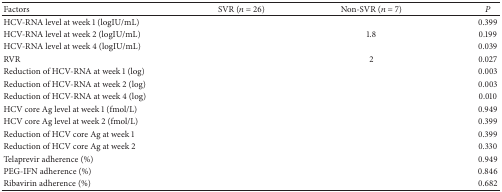
<table><thead><tr><td><b>Factors</b></td><td><b>SVR (<i>n</i> = 26)</b></td><td><b>Non-SVR (<i>n</i> = 7)</b></td><td><b><i>P</i></b></td></tr></thead><tbody><tr><td>HCV-RNA level at week 1 (logIU/mL)</td><td>[EMPTY_CELL]</td><td>[EMPTY_CELL]</td><td>0.399</td></tr><tr><td>HCV-RNA level at week 2 (logIU/mL)</td><td>[EMPTY_CELL]</td><td>1.8</td><td>0.199</td></tr><tr><td>HCV-RNA level at week 4 (logIU/mL)</td><td>[EMPTY_CELL]</td><td>[EMPTY_CELL]</td><td>0.039</td></tr><tr><td>RVR</td><td>[EMPTY_CELL]</td><td>2</td><td>0.027</td></tr><tr><td>Reduction of HCV-RNA at week 1 (log)</td><td>[EMPTY_CELL]</td><td>[EMPTY_CELL]</td><td>0.003</td></tr><tr><td>Reduction of HCV-RNA at week 2 (log)</td><td>[EMPTY_CELL]</td><td>[EMPTY_CELL]</td><td>0.003</td></tr><tr><td>Reduction of HCV-RNA at week 4 (log)</td><td>[EMPTY_CELL]</td><td>[EMPTY_CELL]</td><td>0.010</td></tr><tr><td>HCV core Ag level at week 1 (fmol/L)</td><td>[EMPTY_CELL]</td><td>[EMPTY_CELL]</td><td>0.949</td></tr><tr><td>HCV core Ag level at week 2 (fmol/L)</td><td>[EMPTY_CELL]</td><td>[EMPTY_CELL]</td><td>0.399</td></tr><tr><td>Reduction of HCV core Ag at week 1</td><td>[EMPTY_CELL]</td><td>[EMPTY_CELL]</td><td>0.399</td></tr><tr><td>Reduction of HCV core Ag at week 2</td><td>[EMPTY_CELL]</td><td>[EMPTY_CELL]</td><td>0.330</td></tr><tr><td>Telaprevir adherence (%)</td><td>[EMPTY_CELL]</td><td>[EMPTY_CELL]</td><td>0.949</td></tr><tr><td>PEG-IFN adherence (%)</td><td>[EMPTY_CELL]</td><td>[EMPTY_CELL]</td><td>0.846</td></tr><tr><td>Ribavirin adherence (%)</td><td>[EMPTY_CELL]</td><td>[EMPTY_CELL]</td><td>0.682</td></tr></tbody></table>